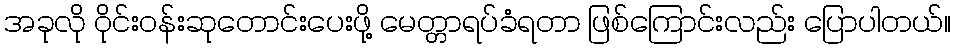
အခုလို ဝိုင်းဝန်းဆုတောင်းပေးဖို့ မေတ္တာရပ်ခံရတာ ဖြစ်ကြောင်းလည်း ပြောပါတယ်။